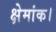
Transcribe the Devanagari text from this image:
क्षेमांक।